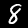
Digit: 8